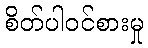
စိတ်ပါဝင်စားမှု